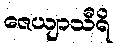
ဇေယျာသီရိ